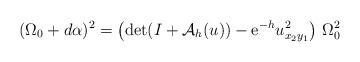
LaTeX: \begin{align*}(\Omega_0+d\alpha)^2=\left(\det(I+\mathcal{A}_{h}(u))-{\rm e}^{-h}u_{x_2y_1}^2\right)\,\Omega_0^2\end{align*}